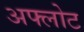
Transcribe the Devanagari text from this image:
अफ्लोट